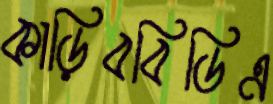
কাড়িববিডিএ